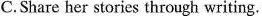
C. Share her stories through writing.